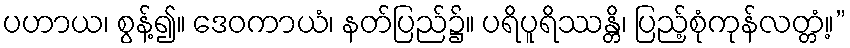
ပဟာယ၊ စွန့်၍။ ဒေဝကာယံ၊ နတ်ပြည်၌။ ပရိပူရိဿန္တိ၊ ပြည့်စုံကုန်လတ္တံ့။”